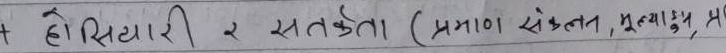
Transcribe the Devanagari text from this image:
होसियार २ सतर्कता (प्रमाण संकलन, मूल्याँकन, भु